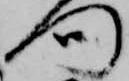
門